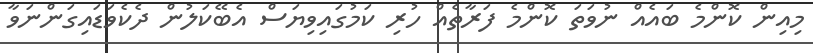
މިއިން ކޮންމެ ބައެއް ނުވަތަ ކޮންމެ ފަރާތެއް ހުރި ކަމުގައިވިޔަސް އެބޭކަލުން ދެކެވަޑައިގަންނަވާ